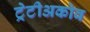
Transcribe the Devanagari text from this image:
ट्रेटीअकोव